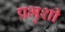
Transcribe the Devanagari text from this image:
प्रभुशी